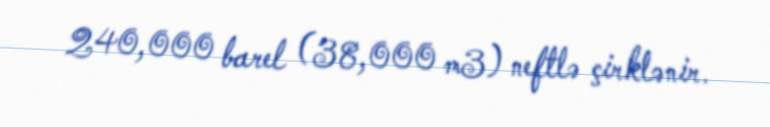
240,000 barel (38,000 m3) neftlə çirklənir.